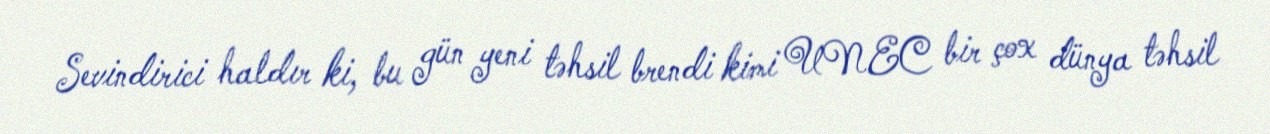
Sevindirici haldır ki, bu gün yeni təhsil brendi kimi UNEC bir çox dünya təhsil